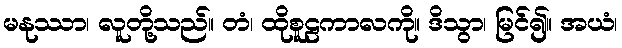
မနုဿာ၊ လူတို့သည်။ တံ၊ ထိုစူဠကာလကို။ ဒိသွာ၊ မြင်၍။ အယံ၊